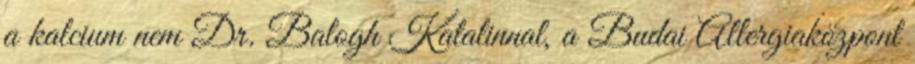
a kalcium nem Dr. Balogh Katalinnal, a Budai Allergiaközpont